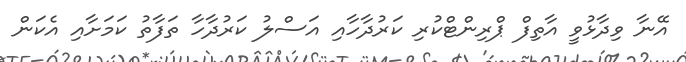
އޭނާ ވިދާޅުވީ އާތިފް ޕްރިންޓްކުރި ކަރުދާހާއި އަސްލު ކަރުދާހާ ތަފާތު ކަމަށާއި އެކަން